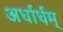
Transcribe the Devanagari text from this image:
अर्धार्धम्